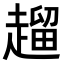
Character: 𧽖